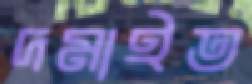
দমাইত